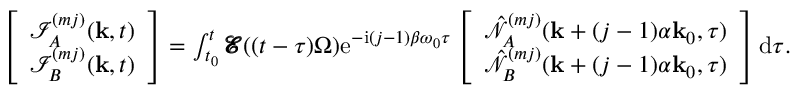
\begin{array} { r } { \left[ \begin{array} { c } { \mathcal { I } _ { A } ^ { ( m j ) } ( \mathbf { k } , t ) } \\ { \mathcal { I } _ { B } ^ { ( m j ) } ( \mathbf { k } , t ) } \end{array} \right] = \int _ { t _ { 0 } } ^ { t } \pmb { \mathcal { E } } ( ( t - \tau ) \Omega ) \mathrm { e } ^ { - \mathrm { i } ( j - 1 ) \beta \omega _ { 0 } \tau } \left[ \begin{array} { c } { \hat { \mathcal { N } } _ { A } ^ { ( m j ) } ( \mathbf { k } + ( j - 1 ) \alpha \mathbf { k } _ { 0 } , \tau ) } \\ { \hat { \mathcal { N } } _ { B } ^ { ( m j ) } ( \mathbf { k } + ( j - 1 ) \alpha \mathbf { k } _ { 0 } , \tau ) } \end{array} \right] \mathrm { d } \tau . } \end{array}